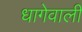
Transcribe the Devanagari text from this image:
धागेवाली